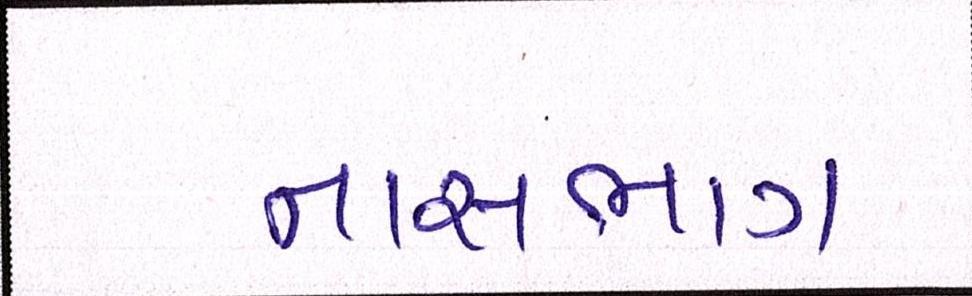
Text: નાસભાગ